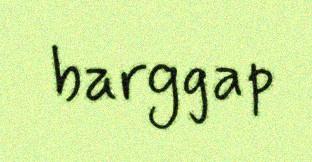
barggap